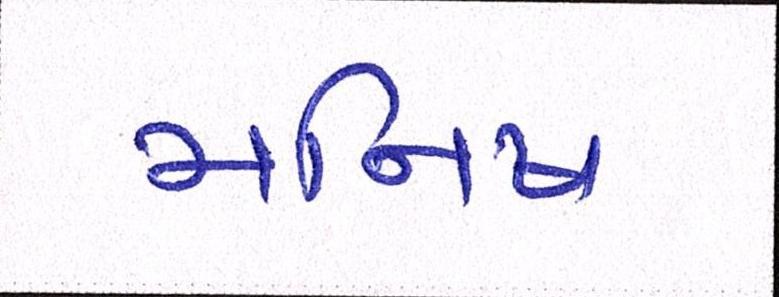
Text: મનિષ